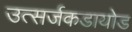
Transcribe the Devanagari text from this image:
उत्सर्जकडायोड